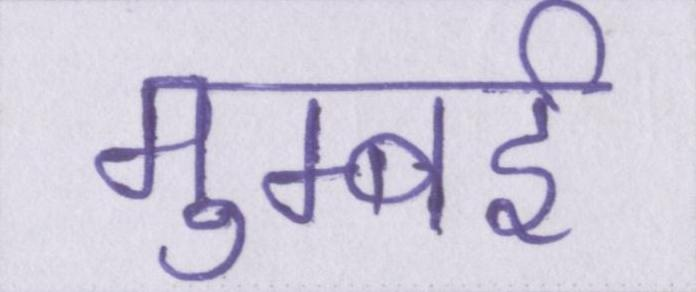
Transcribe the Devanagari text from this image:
मुम्बई